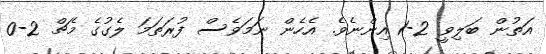
އަތުން ބަލިވީ 2-1 އިންނެވެ. އެހެން ނަމަވެސް ފުރަތަމަ ލެގުގެ މެޗް 2-0